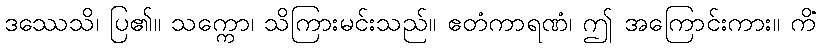
ဒဿေသိ၊ ပြ၏။ သက္ကော၊ သိကြားမင်းသည်။ ဧတံကာရဏံ၊ ဤ အကြောင်းကား။ ကိံ